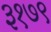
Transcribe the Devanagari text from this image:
३१७९